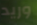
وريد